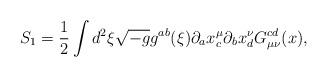
LaTeX: \begin{align*}S_{1}=\frac{1}{2}\int d^{2}\xi \sqrt{-g}g^{ab}(\xi )\partial _{a}x_{c}^{\mu}\partial _{b}x_{d}^{\nu }G_{\mu \nu }^{cd}(x), \end{align*}